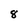
Character: 8